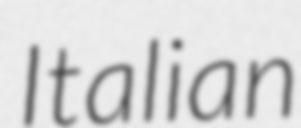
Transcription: Italian